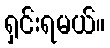
ရှင်းရမယ်။